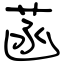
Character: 菡